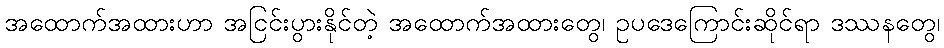
အထောက်အထားဟာ အငြင်းပွားနိုင်တဲ့ အထောက်အထားတွေ၊ ဥပဒေကြောင်းဆိုင်ရာ ဒဿနတွေ၊